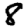
Digit: 8